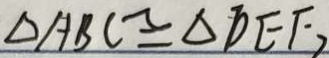
\Delta A B C \cong \Delta D E F ,